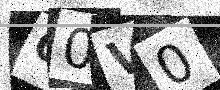
Text: O0V0